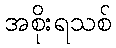
အစိုးရသစ်